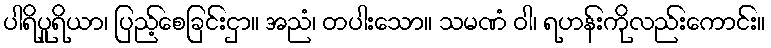
ပါရိပူရိယာ၊ ပြည့်စေခြင်းငှာ။ အညံ၊ တပါးသော။ သမဏံ ဝါ၊ ရဟန်းကိုလည်းကောင်း။